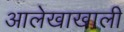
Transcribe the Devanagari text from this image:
आलेखाखाली